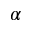
\alpha